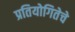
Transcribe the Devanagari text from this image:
प्रतियोगितेचे